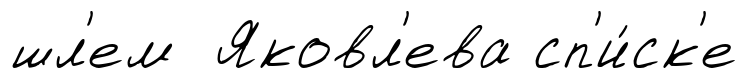
шл'ем Яковл'ева сп'и́ск'е